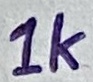
Text: 1K